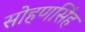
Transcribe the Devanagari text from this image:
सोहणसिंह